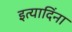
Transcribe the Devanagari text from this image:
इत्यादिंना